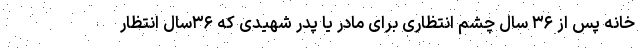
خانه پس از ۳۶ سال چشم انتظاری برای مادر یا پدر شهیدی که ۳۶سال انتظار